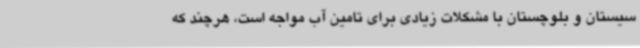
سیستان و بلوچستان با مشکلات زیادی برای تامین آب مواجه است، هرچند که